Leaving Certificate Examination (including Day School Certificate (Higher) General paper), 1932
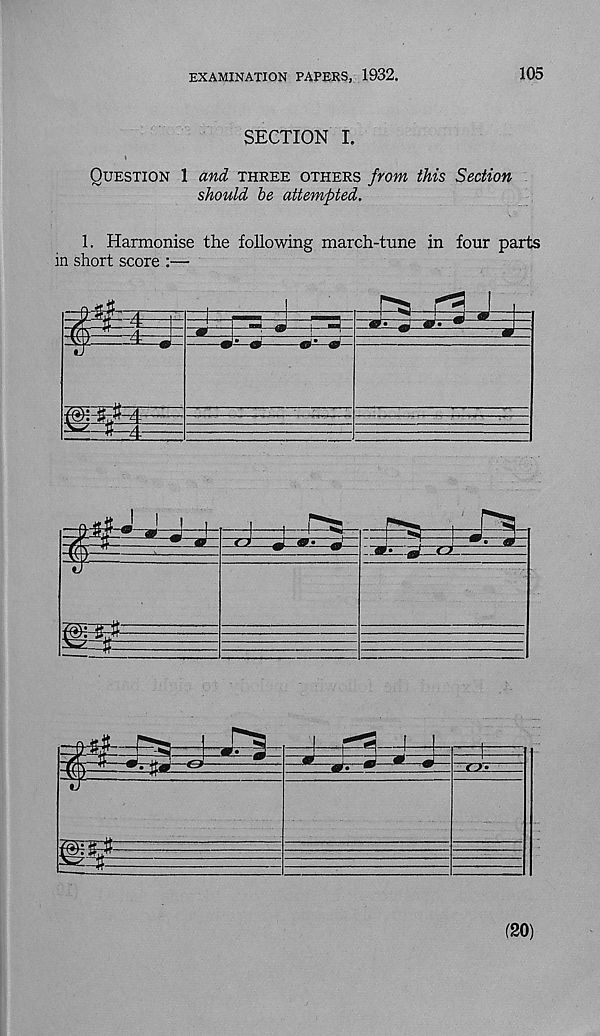
EXAMINATION PAPERS, 1932.
105
SECTION I.
Question 1 and three others from this Section
should be attempted.
1. Harmonise the following march-tune in four parts
in short score :—
(20)